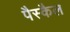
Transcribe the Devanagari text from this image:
पैस्कैल